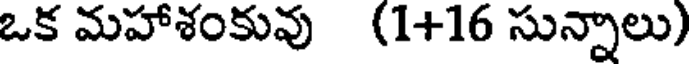
ఒక మహాశంకువు (1+16 సున్నాలు)